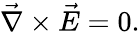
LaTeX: {\vec{\nabla}}\times{\vec{E}}=0.